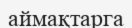
аймақтарга